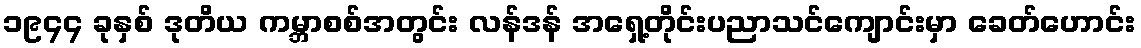
၁၉၄၄ ခုနှစ် ဒုတိယ ကမ္ဘာစစ်အတွင်း လန်ဒန် အရှေ့တိုင်းပညာသင်ကျောင်းမှာ ခေတ်ဟောင်း